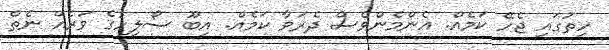
ހިތުގައި ޖެހޭ ކަމެއް. އެންމެންވެސް ދެރަވާ ކަމެއް. އިބޫ ސޯލިހުގެ ވަރެއް ނެތް